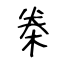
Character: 桊